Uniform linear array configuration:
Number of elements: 8
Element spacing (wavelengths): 0.25
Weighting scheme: blackman
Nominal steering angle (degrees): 45
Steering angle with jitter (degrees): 45.614
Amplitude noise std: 0.05
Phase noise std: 0.05

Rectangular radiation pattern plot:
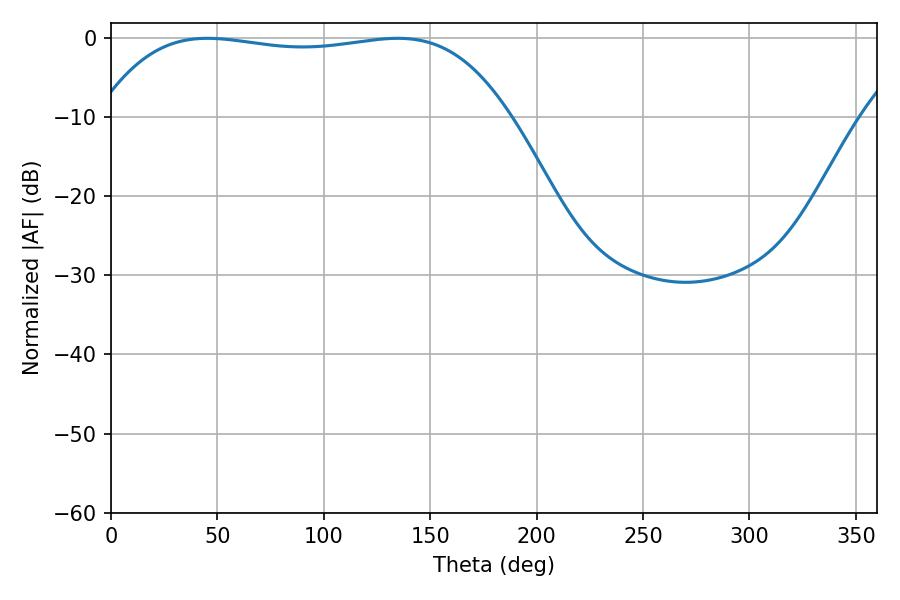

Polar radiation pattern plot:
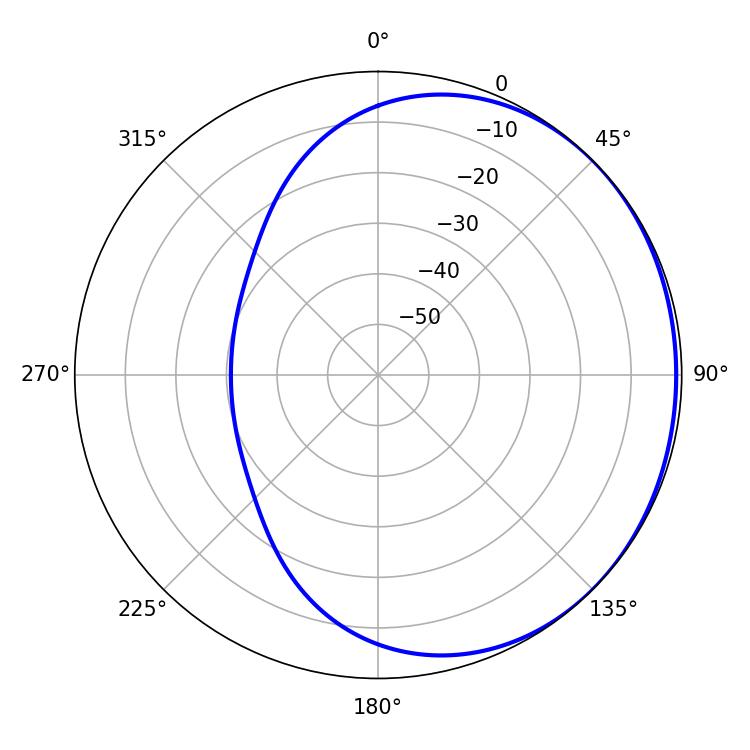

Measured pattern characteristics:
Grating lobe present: FALSE
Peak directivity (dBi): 0.7012
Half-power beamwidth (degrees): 153
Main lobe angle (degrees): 45.36